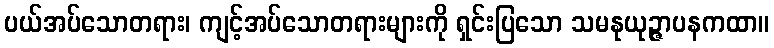
ပယ်အပ်သောတရား၊ ကျင့်အပ်သောတရားများကို ရှင်းပြသော သမနုယုဉ္ဇာပနကထာ။